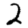
Digit: 2